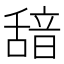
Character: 𮧺